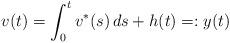
LaTeX: \begin{align*} v(t)=\int_0^tv^{\ast}(s)\,ds+h(t)=:y(t)\end{align*}